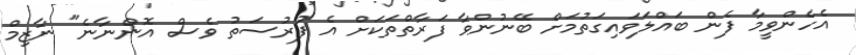
އެހެންވީމާ ފެން ބައްލަވައިގަތުމަށް ބޭނުންވާ ފަރާތްތަކަށް އެ ފުރުސަތު ވެސް އޮންނާނެ" ނާޒިމް